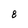
Character: 8